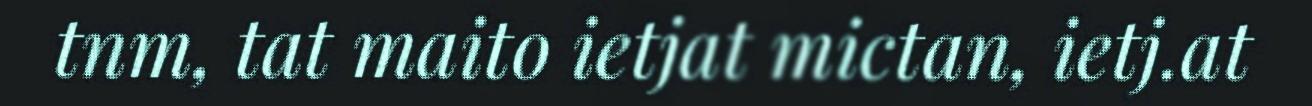
tnm, tat maito ietjat mictan, ietj.at